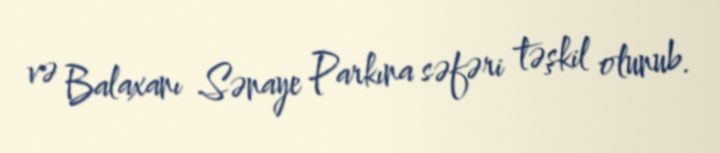
və Balaxanı Sənaye Parkına səfəri təşkil olunub.